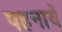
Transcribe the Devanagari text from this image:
पहनायें